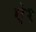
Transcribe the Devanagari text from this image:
ऐ१